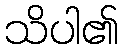
သိပါ၏